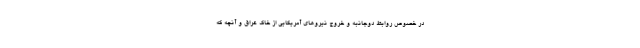
در خصوص روابط دوجانبه و خروج نیروهای آمریکایی از خاک عراق و آنچه که